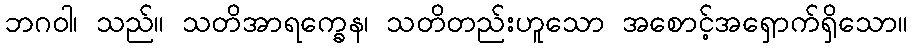
ဘဂဝါ၊ သည်။ သတိအာရက္ခေန၊ သတိတည်းဟူသော အစောင့်အရှောက်ရှိသော။